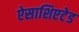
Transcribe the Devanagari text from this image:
ऐसाशिएटेड